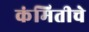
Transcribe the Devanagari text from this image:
कंमितीचे